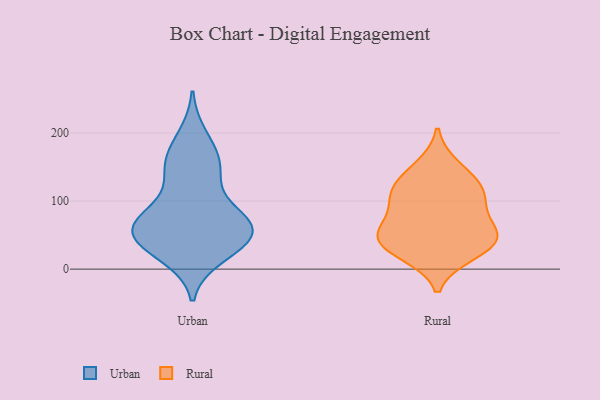
{"axis": {"x": "Page Views", "y": "Value"}, "legend": ["Rural", "Urban"], "data": [{"x": "", "y": 195, "type": "Urban"}, {"x": "", "y": 79, "type": "Urban"}, {"x": "", "y": 65, "type": "Urban"}, {"x": "", "y": 71, "type": "Urban"}, {"x": "", "y": 165, "type": "Urban"}, {"x": "", "y": 67, "type": "Urban"}, {"x": "", "y": 50, "type": "Urban"}, {"x": "", "y": 74, "type": "Urban"}, {"x": "", "y": 134, "type": "Urban"}, {"x": "", "y": 55, "type": "Urban"}, {"x": "", "y": 40, "type": "Urban"}, {"x": "", "y": 141, "type": "Urban"}, {"x": "", "y": 160, "type": "Urban"}, {"x": "", "y": 20, "type": "Urban"}, {"x": "", "y": 43, "type": "Urban"}, {"x": "", "y": 28, "type": "Urban"}, {"x": "", "y": 27, "type": "Rural"}, {"x": "", "y": 22, "type": "Rural"}, {"x": "", "y": 44, "type": "Rural"}, {"x": "", "y": 77, "type": "Rural"}, {"x": "", "y": 52, "type": "Rural"}, {"x": "", "y": 151, "type": "Rural"}, {"x": "", "y": 103, "type": "Rural"}, {"x": "", "y": 47, "type": "Rural"}, {"x": "", "y": 114, "type": "Rural"}, {"x": "", "y": 109, "type": "Rural"}, {"x": "", "y": 51, "type": "Rural"}, {"x": "", "y": 131, "type": "Rural"}]}